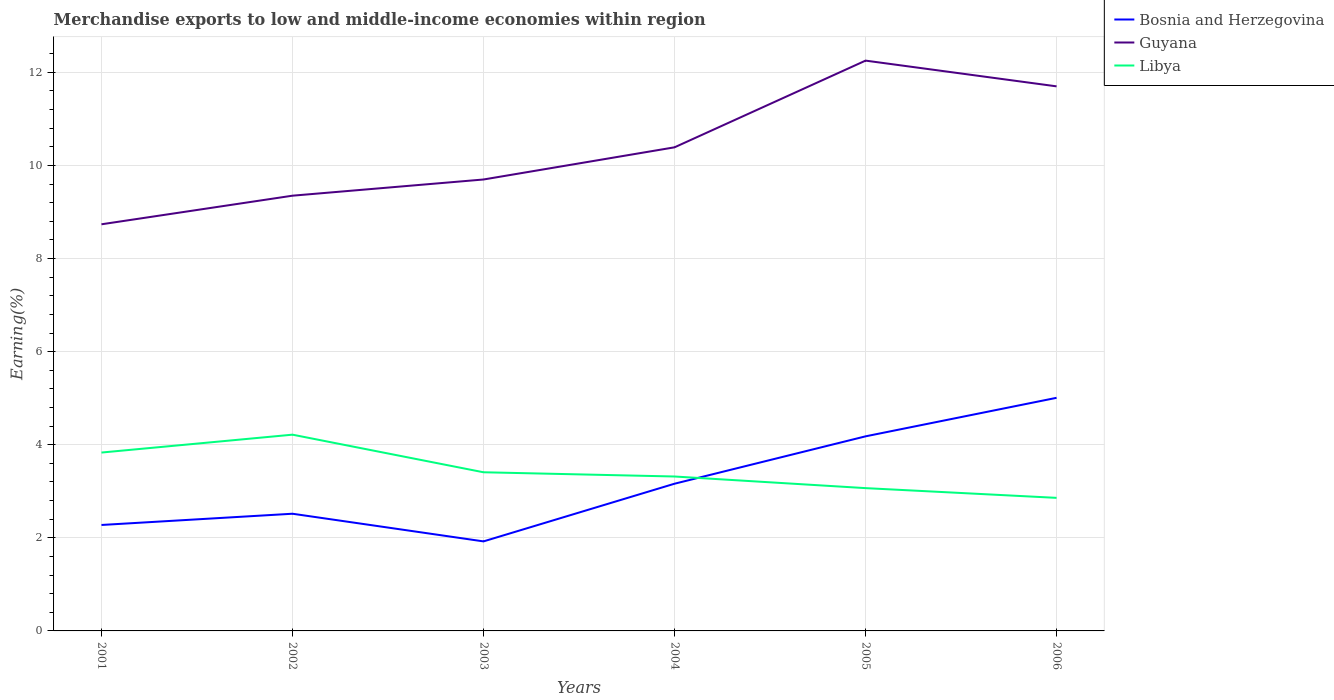
| Years | Bosnia and Herzegovina | Guyana | Libya |
 | --- | --- | --- | --- |
 | 2001 | 2.28 | 8.74 | 3.83 |
 | 2002 | 2.52 | 9.35 | 4.22 |
 | 2003 | 1.92 | 9.7 | 3.41 |
 | 2004 | 3.16 | 10.4 | 3.32 |
 | 2005 | 4.18 | 12.3 | 3.07 |
 | 2006 | 5.01 | 11.7 | 2.86 |